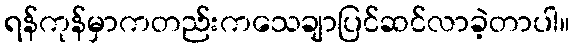
ရန်ကုန်မှာကတည်းကသေချာပြင်ဆင်လာခဲ့တာပါ။